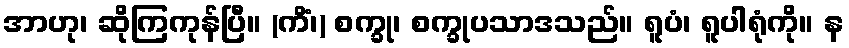
အာဟု၊ ဆိုကြကုန်ပြီ။ (ကိံ၊) စက္ခု၊ စက္ခုပသာဒသည်။ ရူပံ၊ ရူပါရုံကို။ န